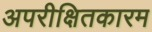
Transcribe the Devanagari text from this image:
अपरीक्षितकारम